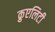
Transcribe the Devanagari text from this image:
क्रुएलिटी